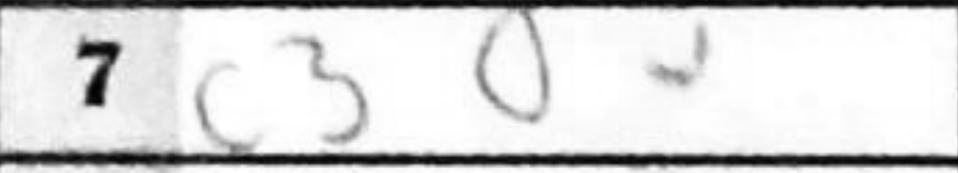
Transcription: c3